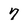
Character: 7